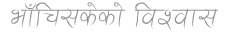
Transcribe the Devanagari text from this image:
भाँचिसकेको विश्वास